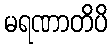
မရဏာတိပိ